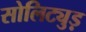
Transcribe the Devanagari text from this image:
सोलिट्युड़